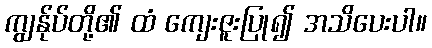
ကျွန်ုပ်တို့၏ ထံ ကျေးဇူးပြု၍ အသိပေးပါ။